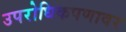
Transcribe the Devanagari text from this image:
उपरोधिकपणावर